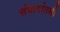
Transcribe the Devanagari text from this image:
संवादांतली